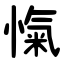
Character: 愾